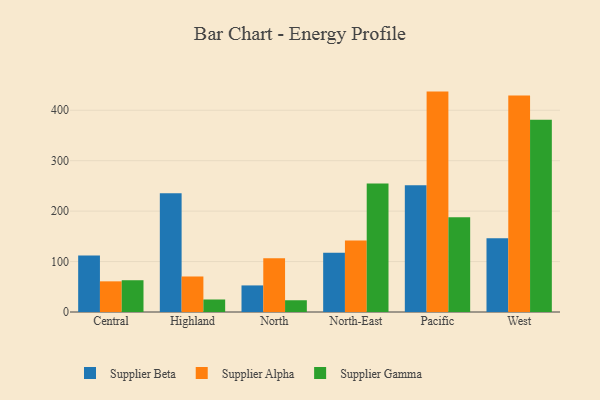
{"axis": {"x": "Region", "y": "Net Income (USD K)"}, "legend": ["Supplier Alpha", "Supplier Beta", "Supplier Gamma"], "data": [{"x": "Central", "y": 111.8, "type": "Supplier Beta"}, {"x": "Central", "y": 60.8, "type": "Supplier Alpha"}, {"x": "Central", "y": 63.0, "type": "Supplier Gamma"}, {"x": "Highland", "y": 235.4, "type": "Supplier Beta"}, {"x": "Highland", "y": 70.4, "type": "Supplier Alpha"}, {"x": "Highland", "y": 24.8, "type": "Supplier Gamma"}, {"x": "North", "y": 52.7, "type": "Supplier Beta"}, {"x": "North", "y": 106.6, "type": "Supplier Alpha"}, {"x": "North", "y": 23.3, "type": "Supplier Gamma"}, {"x": "North-East", "y": 117.6, "type": "Supplier Beta"}, {"x": "North-East", "y": 141.8, "type": "Supplier Alpha"}, {"x": "North-East", "y": 254.8, "type": "Supplier Gamma"}, {"x": "Pacific", "y": 251.3, "type": "Supplier Beta"}, {"x": "Pacific", "y": 437.0, "type": "Supplier Alpha"}, {"x": "Pacific", "y": 187.8, "type": "Supplier Gamma"}, {"x": "West", "y": 146.3, "type": "Supplier Beta"}, {"x": "West", "y": 429.2, "type": "Supplier Alpha"}, {"x": "West", "y": 381.0, "type": "Supplier Gamma"}]}